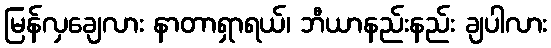
မြန်လှချေလား နာတာရှာရယ်၊ ဘီယာနည်းနည်း ချပါလား